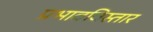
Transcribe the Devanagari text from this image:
प्रभावविस्तार